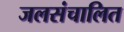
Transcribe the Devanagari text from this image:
जलसंचालित